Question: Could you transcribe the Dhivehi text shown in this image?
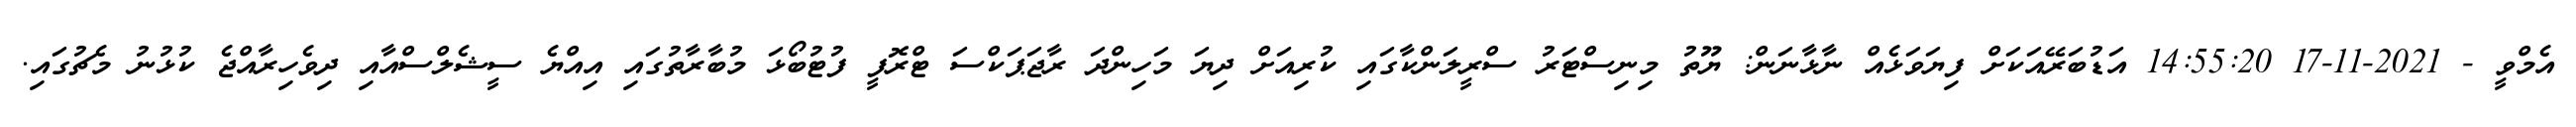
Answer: އެމްވީ - 2021-11-17 14:55:20 އަޑުބަރޭއަކަށް ފިޔަވަޅެއް ނާޅާނަން: ޔޫތު މިނިސްޓަރު ސްރީލަންކާގައި ކުރިއަށް ދިޔަ މަހިންދަ ރާޖަޕަކްސަ ޓްރޮފީ ފުޓުބޯޅަ މުބާރާތުގައި އިއްޔެ ސީޝެލްސްއާއި ދިވެހިރާއްޖެ ކުޅުނު މެޗުގައި.